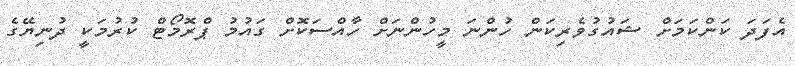
އެފަދަ ކަންކަމަށް ޝައުގުވެރިކަން ހުންނަ މީހުންނަށް ހާއްސަކޮށް ގައުމު ޕްރޮމޯޓް ކުރުމަކީ ދުނިޔޭގެ